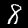
Digit: 8